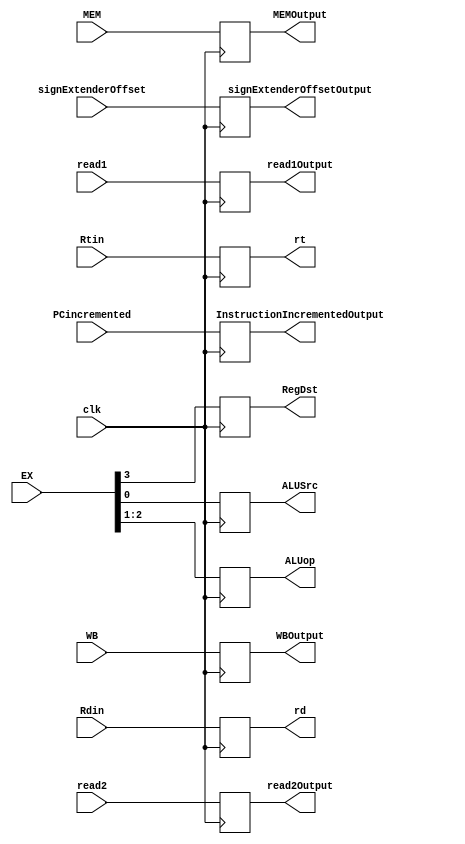
module ID_EX(WB,MEM,EX,Rdin,Rtin,signExtenderOffset,read1,read2,PCincremented,WBOutput,MEMOutput,RegDst,ALUop,ALUSrc,InstructionIncrementedOutput,read1Output,read2Output, signExtenderOffsetOutput,rd,rt,clk);
input [1:0] WB;//2
input [2:0] MEM;// 3
input [3:0] EX; // 4 we need to change this in case addi or ori
input [4:0] Rdin;
input [4:0] Rtin;
input [31:0] signExtenderOffset;
input [31:0] read1;
input [31:0] read2;
input [31:0] PCincremented;
input clk;
////////////////////

output reg [1:0] WBOutput;
output reg [2:0] MEMOutput;
output reg RegDst,ALUSrc;
output reg [1:0] ALUop;
output reg [31:0]InstructionIncrementedOutput;
output reg [31:0] read1Output,read2Output;
output reg [31:0] signExtenderOffsetOutput;
output reg [4:0] rd,rt;

initial
begin
WBOutput =2'b00;
MEMOutput=3'b000;
RegDst=1'b0;
ALUSrc=0;
ALUop=2'b00;
InstructionIncrementedOutput=32'b0;
read1Output =32'b0;
read2Output =32'b0;
signExtenderOffsetOutput=32'b0;
rd=5'b0;
rt=5'b0;
end

always@(posedge clk)
    begin
       read1Output <= read1;
	   read2Output<=read2;
	   signExtenderOffsetOutput<=signExtenderOffset;
   InstructionIncrementedOutput <= PCincremented;
        rd<=Rdin;
	    rt<=Rtin;
		WBOutput<=WB;
		MEMOutput<=MEM;
        ALUSrc <= EX[0];
        ALUop<= {EX[2],EX[1]};
        RegDst<= EX[3];
    end

endmodule